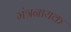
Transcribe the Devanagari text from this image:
मंत्रनायक